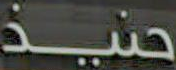
حنيذ